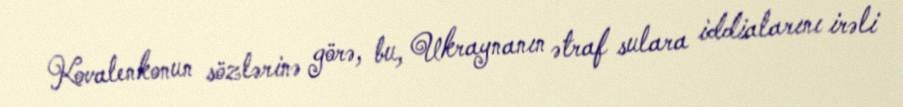
Kovalenkonun sözlərinə görə, bu, Ukraynanın ətraf sulara iddialarını irəli